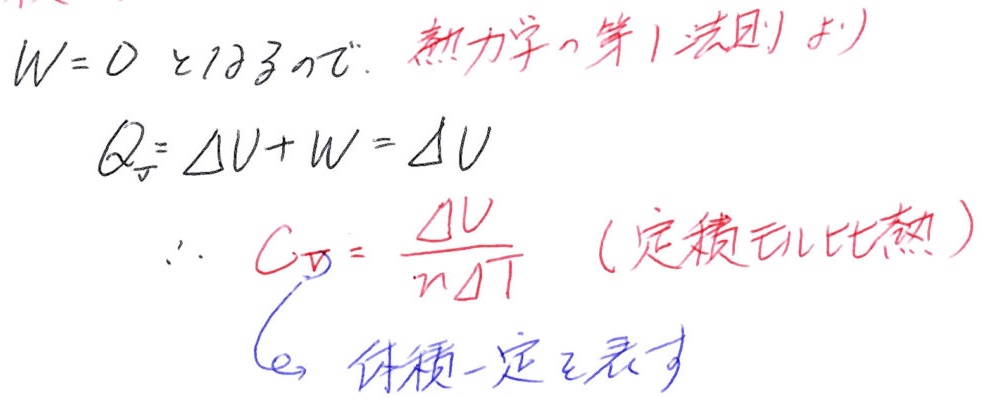
$W = 0$ とすると. 熱力学の第 1 法則より)
\[
Q=\Delta U + W=\Delta U
\]
\[
\therefore C_V=\frac{\Delta U}{n\Delta T}\quad(定積モル比熱)
\]
( $V$ は体積一定を表す)